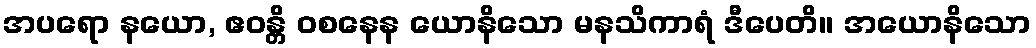
အပရော နယော, ဧဝန္တိ ဝစနေန ယောနိသော မနသိကာရံ ဒီပေတိ။ အယောနိသော